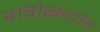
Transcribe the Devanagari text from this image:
भावोत्कटतेत